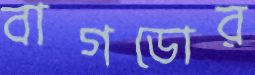
বাগডোর